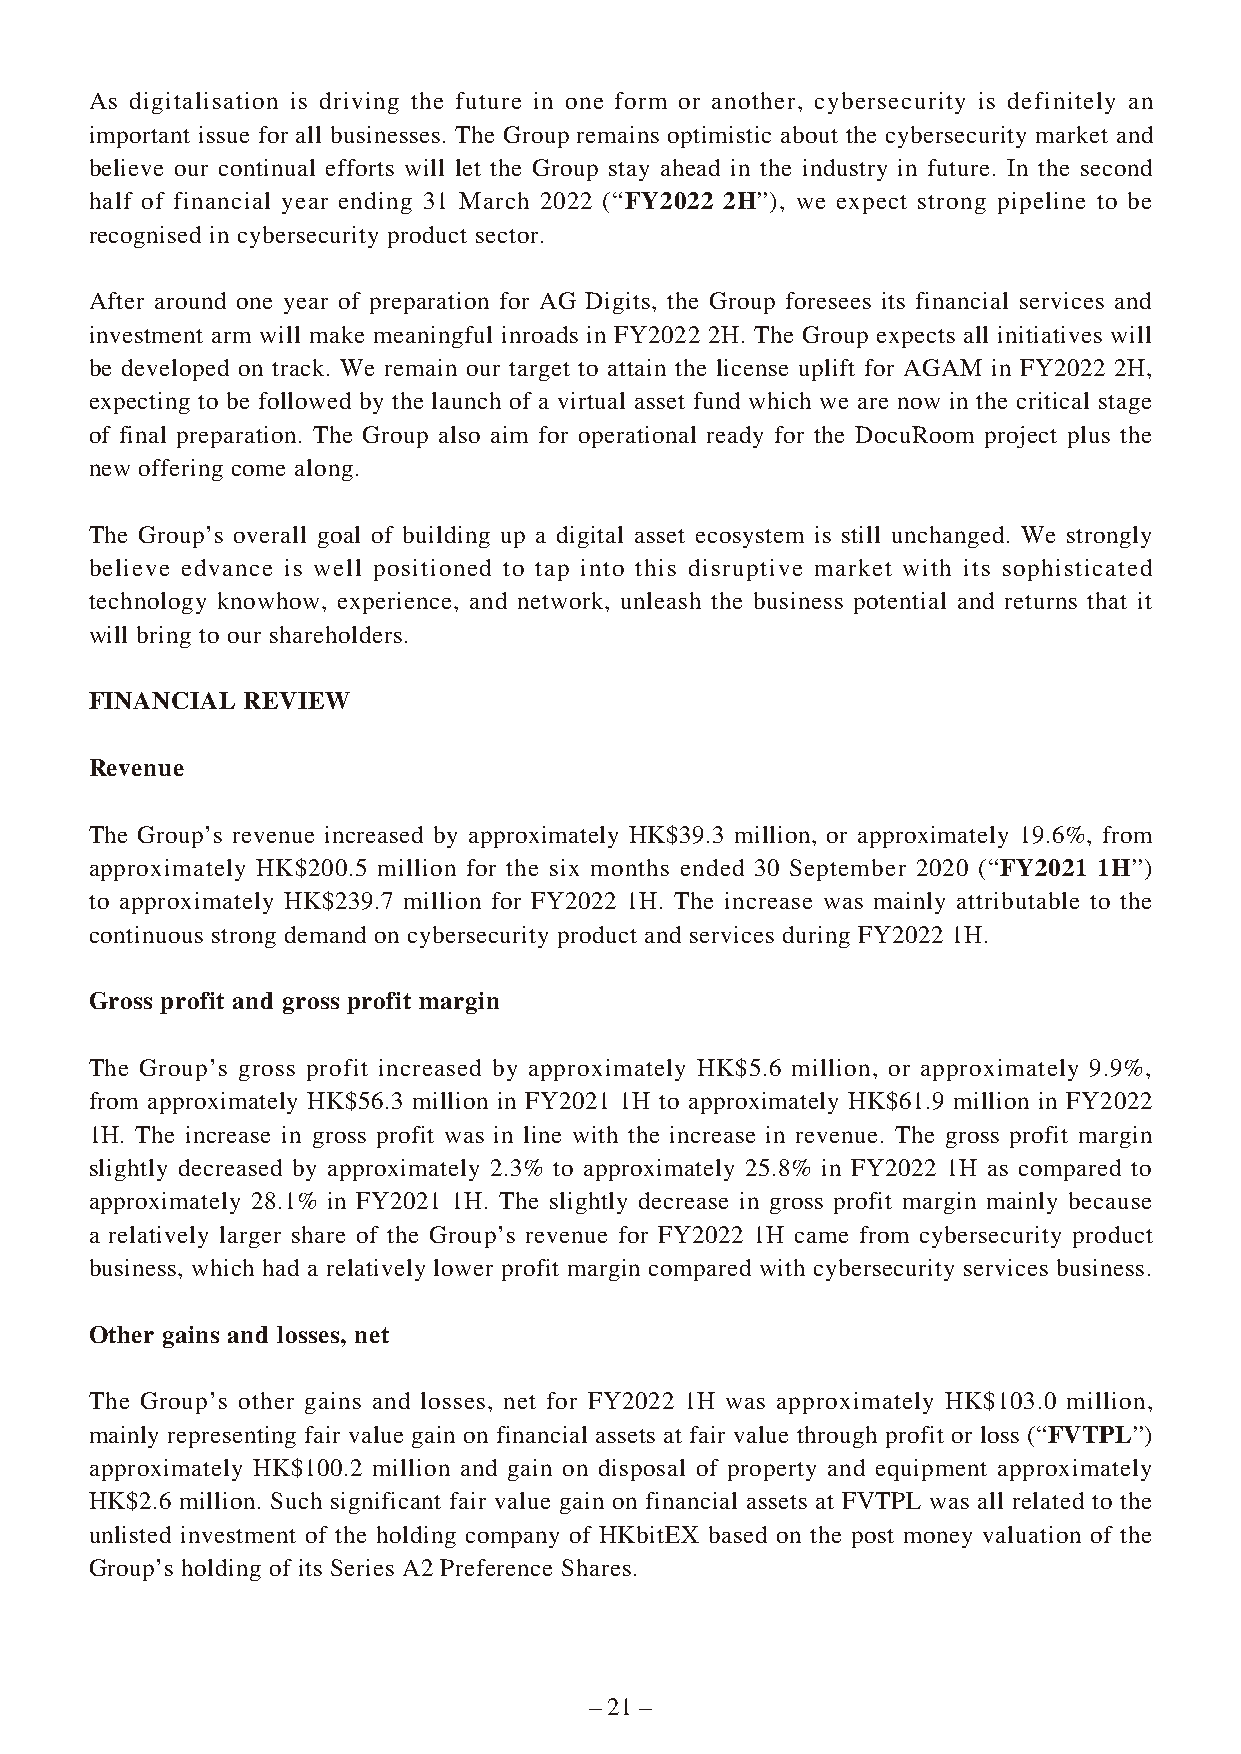
As digitalisation is driving the future in one form or another, cybersecurity is definitely an
 important issue for all businesses. The Group remains optimistic about the cybersecurity market and
 believe our continual efforts will let the Group stay ahead in the industry in future. In the second
 half of financial year ending 31 March 2022 (“FY2022 2H”), we expect strong pipeline to be
 recognised in cybersecurity product sector.
 After around one year of preparation for AG Digits, the Group foresees its financial services and
 investment arm will make meaningful inroads in FY2022 2H. The Group expects all initiatives will
 be developed on track. We remain our target to attain the license uplift for AGAM in FY2022 2H,
 expecting to be followed by the launch of a virtual asset fund which we are now in the critical stage
 of final preparation. The Group also aim for operational ready for the DocuRoom project plus the
 new offering come along.
 The Group’s overall goal of building up a digital asset ecosystem is still unchanged. We strongly
 believe edvance is well positioned to tap into this disruptive market with its sophisticated
 technology knowhow, experience, and network, unleash the business potential and returns that it
 will bring to our shareholders.
 FINANCIAL REVIEW
 Revenue
 The Group’s revenue increased by approximately HK$39.3 million, or approximately 19.6%, from
 approximately HK$200.5 million for the six months ended 30 September 2020 (“FY2021 1H”)
 to approximately HK$239.7 million for FY2022 1H. The increase was mainly attributable to the
 continuous strong demand on cybersecurity product and services during FY2022 1H.
 Gross profit and gross profit margin
 The Group’s gross profit increased by approximately HK$5.6 million, or approximately 9.9%,
 from approximately HK$56.3 million in FY2021 1H to approximately HK$61.9 million in FY2022
 1H. The increase in gross profit was in line with the increase in revenue. The gross profit margin
 slightly decreased by approximately 2.3% to approximately 25.8% in FY2022 1H as compared to
 approximately 28.1% in FY2021 1H. The slightly decrease in gross profit margin mainly because
 a relatively larger share of the Group’s revenue for FY2022 1H came from cybersecurity product
 business, which had a relatively lower profit margin compared with cybersecurity services business.
 Other gains and losses, net
 The Group’s other gains and losses, net for FY2022 1H was approximately HK$103.0 million,
 mainly representing fair value gain on financial assets at fair value through profit or loss (“FVTPL”)
 approximately HK$100.2 million and gain on disposal of property and equipment approximately
 HK$2.6 million. Such significant fair value gain on financial assets at FVTPL was all related to the
 unlisted investment of the holding company of HKbitEX based on the post money valuation of the
 Group’s holding of its Series A2 Preference Shares.
 – 21 –